system: You are a helpful assistant.
user:
Analyze the provided spectrum to determine if it is a **White Dwarf (WD)**.

A White Dwarf spectrum is defined by its **extreme purity** (due to gravitational settling) and/or **extreme pressure broadening** (due to high surface gravity). You must check for one of the following mutually exclusive signatures:

- **Key Visual Indicators (Check for ONE of these types):**

    - **1. DA-Type Signature (Most Common):**
        - **(Primary Feature):** Extreme pressure broadening (Stark broadening) of the **Hydrogen (H) Balmer lines**.
        - **(Key Lines):** $H\beta$ (approx. $4861$ Å) and $H\gamma$ (approx. $4340$ Å). $H\alpha$ (approx. $6563$ Å) will also be present if the wavelength range covers it.
        - **(Line Profile):** This is the **defining feature**. The lines are **NOT** sharp. They appear as massive, **extremely broad and deep "troughs" or "dips"** in the spectrum, often hundreds of Ångströms wide. The continuum will appear to "scoop" down at these wavelengths.
        - **(Distinction):** Normal A-type or B-type stars have *narrow* and *sharp* Hydrogen lines. A DA White Dwarf's lines are unmistakably "smeared" or "blurry" from pressure.

    - **2. DB-Type Signature:**
        - **(Primary Feature):** Broad absorption lines from **Neutral Helium (He I)**. The spectrum must lack any visible Hydrogen lines.
        - **(Key Lines):** Look for broad absorption near $4471$ Å, $4921$ Å, and $5876$ Å.
        - **(Line Profile):** These lines are also significantly pressure-broadened, appearing much wider than they would in a normal B-type main-sequence star.

    - **3. DC-Type Signature:**
        - **(Primary Feature):** A **featureless continuous spectrum**.
        - **(Line Profile):** The spectrum is a smooth curve with **no significant absorption or emission lines**.
        - **(Key Confirmation):** The continuum is almost always **blue or white**, indicating a hot object. This signature implies the atmosphere is so pure (or so cool) that no spectral lines are visible in the optical range. Its WD identity is confirmed by its extremely low intrinsic brightness (high absolute magnitude).

    - **4. DZ-Type Signature (Metal-Polluted):**
        - **(Primary Feature):** **Isolated, narrow metal absorption lines** on an otherwise featureless (DC-like) continuum.
        - **(Key Lines):** The **Calcium (Ca II) H & K doublet** (approx. **$3934$ Å** and **$3968$ Å**) is the most common and defining feature.
        - **(Line Profile):** These lines are "out of place." They are *not* part of a "forest" of thousands of lines. This signature is evidence of recent *accretion* (pollution) from rocky debris.
        - **(Distinction):** Normal G/K/M stars have a *dense forest* of thousands of metal lines. A DZ has a *clean* continuum with *only a few* strong metal lines.

    - **5. DQ-Type Signature (Carbon-Polluted):**
        - **(Primary Feature):** Absorption bands from **Carbon (C₂ "Swan Bands" or atomic C I)**.
        - **(Key Lines - C₂):** Look for bandheads with a "saw-tooth" shape near $5635$ Å, **$5165$ Å** (strongest), and $4737$ Å.
        - **(Key Confirmation):** The underlying **continuum must be blue or white** (hot).
        - **(Distinction):** This is the critical difference from a **Carbon Star**, which has the *exact same* C₂ bands but on an extremely **red, cool** continuum.

- **(Overall Spectrum):**
    - The continuum (overall shape) is typically **blue-sloping** (brighter in the blue than the red), as most white dwarfs are very hot.
    - The spectrum will look "pure" or "simple," dominated by only *one* of the five signatures listed above.

Think first, call **spectral_visualization_tool** if needed to examine features in detail, then provide your final answer. Your response must adhere to the following strict rules:
1.  **Overall Structure:** Your response must follow the format `<think>...</think> <tool_call>...</tool_call> (if a tool is used) <answer>...</answer>`.
2.  **Tool Usage Constraint:** You may only make **one** tool call per turn.
3.  **Final Answer Format:** In the `<answer>` tag, your conclusion must be inside a `\boxed{}` command (e.g., `\boxed{YES}` or `\boxed{NO}`), followed by your justification.

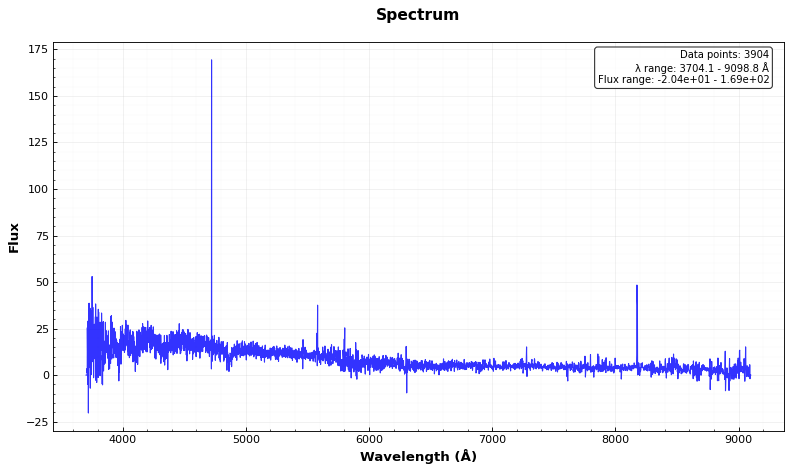
Answer: YES